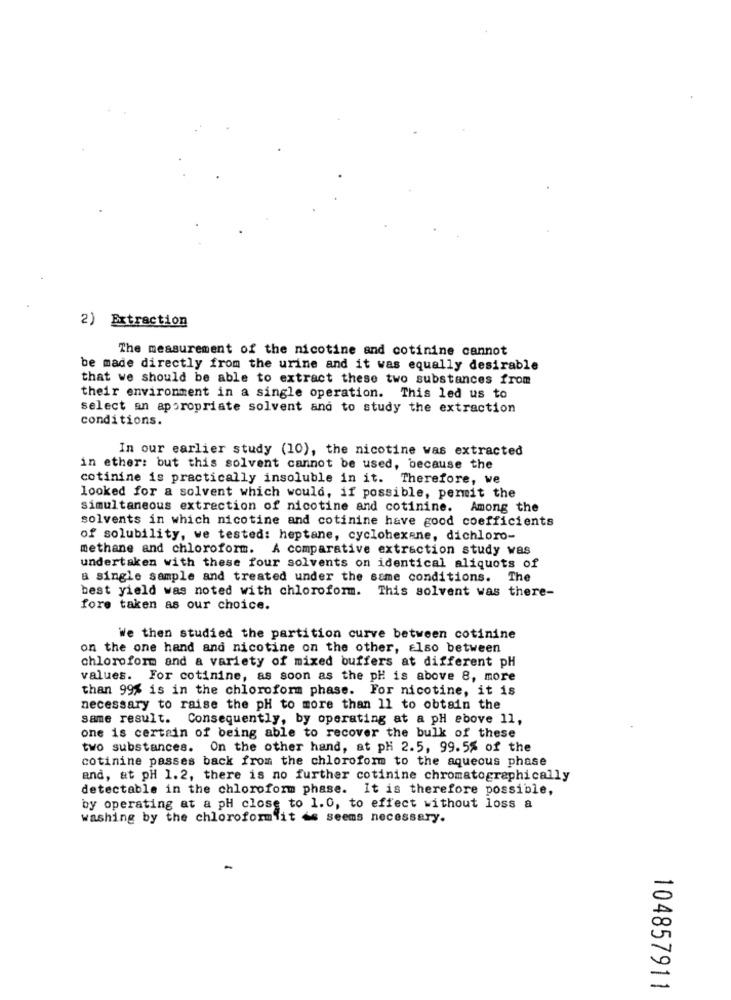
2) Extraction
The measurement of the nicotine and cotinine cannot
be made directly from the urine and it was equally desirable
that we should be able to extract these two substances from
their environment in a single operation. This led us to
select an appropriate solvent and to study the extraction
conditions.
In our earlier study (10), the nicotine was extracted
in ether: but this solvent cannot be used, because the
cotinine is practically insoluble in it. Therefore, we
looked for a solvent which would, if possible, permit the
simultaneous extraction of nicotine and cotinine. Among the
solvents in which nicotine and cotinine have good coefficients
of solubility, we tested: heptane, cyclohexane, dichloro-
methane and chloroform. A comparative extraction study was
undertaken with these four solvents on identical aliquots of
& single sample and treated under the same conditions. The
best yield was noted with chloroform. This solvent was there-
fore taken as our choice.
We then studied the partition curve between cotinine
on the one hand and nicotine on the other, Elso between
chloroform and a variety of mixed buffers at different pH
values. For cotinine, as soon as the pH is above 8, more
than 99% is in the chloroform phase. For nicotine, it is
necessary to raise the pH to more than 11 to obtain the
same result. Consequently, by operating at a pH above 11,
one is certain of being able to recover the bulk of these
two substances. On the other hand, at pH 2.5, 99.5% of the
cotinine passes back from the chloroform to the aqueous phase
and, at pH 1.2, there is no further cotinine chromatographically
detectable in the chloroform phase. It is therefore possible,
by operating at a pH close to 1.0, to effect without loss a
washing by the chloroformlit &s seems necessary.
104857911